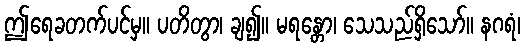
ဤရေခတက်ပင်မှ။ ပတိတွာ၊ ချ၍။ မရန္တော၊ သေသည်ရှိသော်။ နဂရံ၊